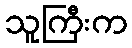
သူကြီးက